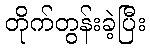
တိုက်တွန်းခဲ့ပြီး